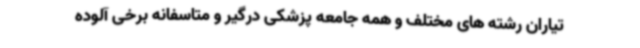
تیاران رشته های مختلف و همه جامعه پزشکی درگیر و متاسفانه برخی آلوده